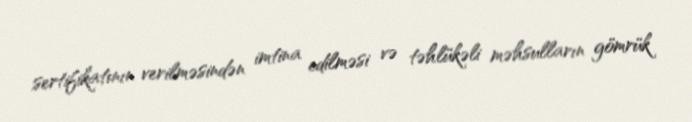
sertifikatının verilməsindən imtina edilməsi və təhlükəli məhsulların gömrük